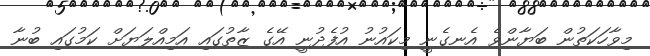
މިވާހަކަތުން ބަޔާންވެ އެނގެނީ މިކައުނު އުފެދުނީ އޭގެ ޒާތުގައި އަމިއްލަޔަށް ކަމުގައި ބުނާ